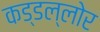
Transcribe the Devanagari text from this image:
कड्डल्लोर